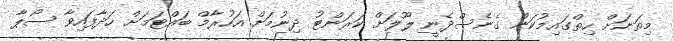
މިތަނަށް ހިތްގައިމުކަން ގެނެސްދެނީ ލޫލަށް ކަރަންޓު ދިނުމަށް އަހުރާމް ބައްޓަމަށް ހަދާފައިވާ ސޯޕާ